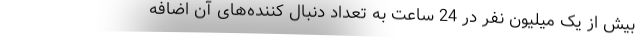
بیش از یک میلیون نفر در 24 ساعت به تعداد دنبال کننده‌های آن اضافه